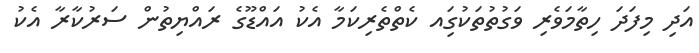
އަދި މިފަދަ ހިތާމަވެރި ވަގުތުތަކުގަިއ ކެތްތެރިކަމާ އެކު އައްޑޫގެ ރައްޔިތުން ސަރުކާރާ އެކު